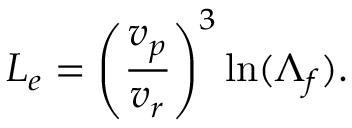
L _ { e } = \left( \frac { v _ { p } } { v _ { r } } \right) ^ { 3 } \mathrm { l n } ( \Lambda _ { f } ) .